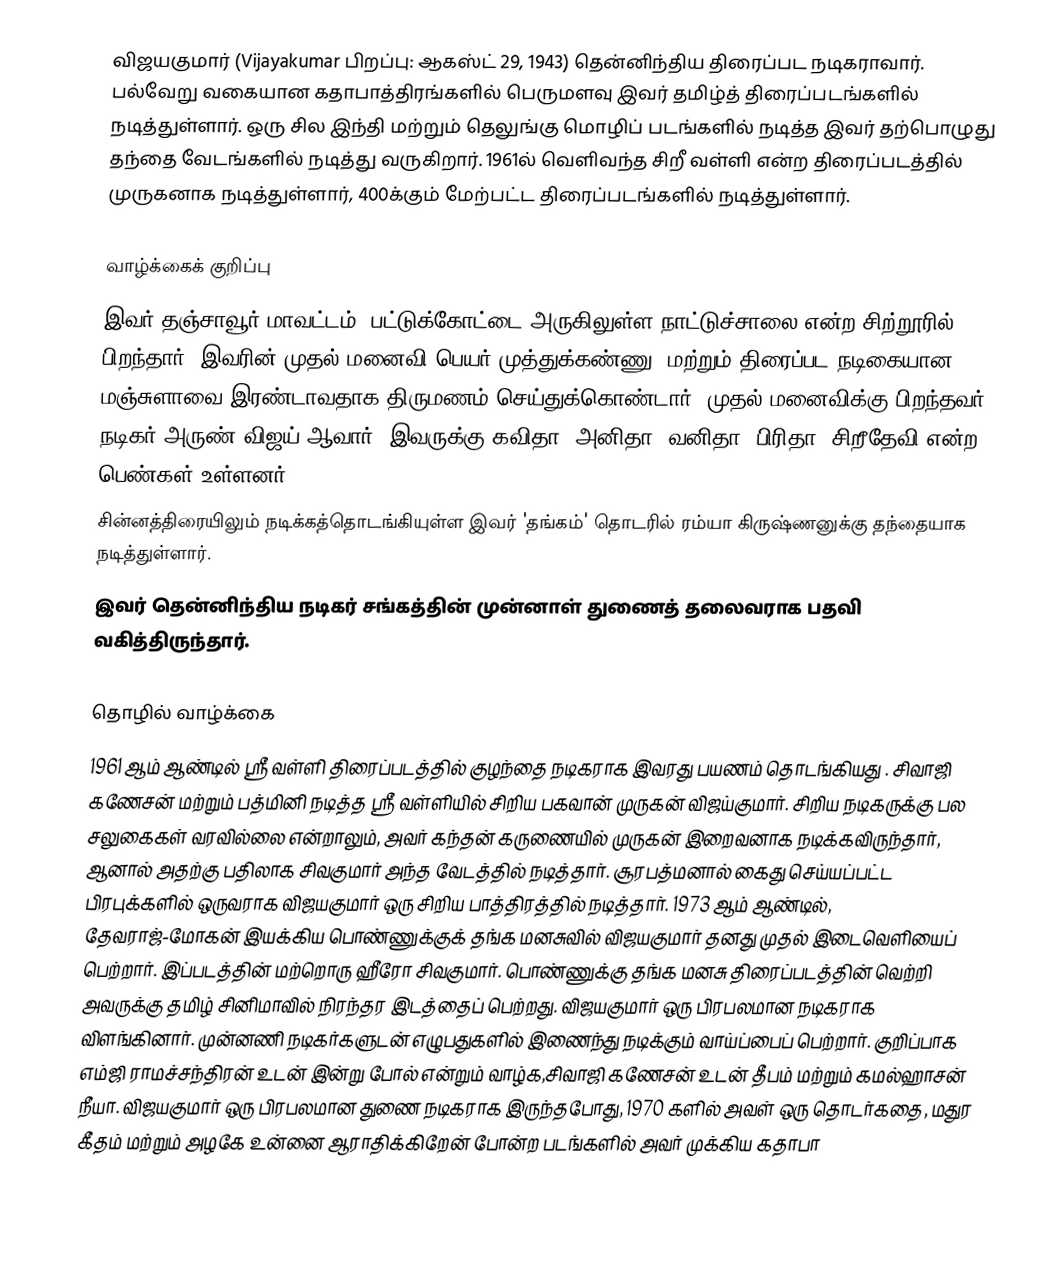
விஜயகுமார் (Vijayakumar பிறப்பு: ஆகஸ்ட் 29, 1943) தென்னிந்திய திரைப்பட நடிகராவார். பல்வேறு வகையான கதாபாத்திரங்களில் பெருமளவு இவர் தமிழ்த் திரைப்படங்களில் நடித்துள்ளார். ஒரு சில இந்தி மற்றும் தெலுங்கு மொழிப் படங்களில் நடித்த இவர் தற்பொழுது தந்தை வேடங்களில் நடித்து வருகிறார். 1961ல் வெளிவந்த சிறீ வள்ளி என்ற திரைப்படத்தில் முருகனாக நடித்துள்ளார், 400க்கும் மேற்பட்ட திரைப்படங்களில் நடித்துள்ளார்.

வாழ்க்கைக் குறிப்பு
இவர் தஞ்சாவூர் மாவட்டம், பட்டுக்கோட்டை அருகிலுள்ள நாட்டுச்சாலை என்ற சிற்றூரில் பிறந்தார். இவரின் முதல் மனைவி பெயர் முத்துக்கண்ணு, மற்றும் திரைப்பட நடிகையான மஞ்சுளாவை இரண்டாவதாக திருமணம் செய்துக்கொண்டார். முதல் மனைவிக்கு பிறந்தவர் நடிகர் அருண் விஜய் ஆவார். இவருக்கு கவிதா, அனிதா, வனிதா, பிரிதா, சிறீதேவி என்ற பெண்கள் உள்ளனர்.
சின்னத்திரையிலும் நடிக்கத்தொடங்கியுள்ள இவர் 'தங்கம்' தொடரில் ரம்யா கிருஷ்ணனுக்கு தந்தையாக நடித்துள்ளார்.
இவர் தென்னிந்திய நடிகர் சங்கத்தின் முன்னாள் துணைத் தலைவராக பதவி வகித்திருந்தார்.

தொழில் வாழ்க்கை
1961 ஆம் ஆண்டில் ஸ்ரீ வள்ளி திரைப்படத்தில் குழந்தை நடிகராக இவரது பயணம் தொடங்கியது . சிவாஜி கணேசன் மற்றும் பத்மினி நடித்த ஸ்ரீ வள்ளியில் சிறிய பகவான் முருகன் விஜய்குமார். சிறிய நடிகருக்கு பல சலுகைகள் வரவில்லை என்றாலும், அவர் கந்தன் கருணையில் முருகன் இறைவனாக நடிக்கவிருந்தார், ஆனால் அதற்கு பதிலாக சிவகுமார் அந்த வேடத்தில் நடித்தார். சூரபத்மனால் கைது செய்யப்பட்ட பிரபுக்களில் ஒருவராக விஜயகுமார் ஒரு சிறிய பாத்திரத்தில் நடித்தார். 1973 ஆம் ஆண்டில், தேவராஜ்-மோகன் இயக்கிய பொண்ணுக்குக் தங்க மனசுவில் விஜயகுமார் தனது முதல் இடைவெளியைப் பெற்றார். இப்படத்தின் மற்றொரு ஹீரோ சிவகுமார். பொண்ணுக்கு தங்க மனசு திரைப்படத்தின் வெற்றி அவருக்கு தமிழ் சினிமாவில் நிரந்தர இடத்தைப் பெற்றது. விஜயகுமார் ஒரு பிரபலமான நடிகராக விளங்கினார். முன்னணி நடிகர்களுடன் எழுபதுகளில் இணைந்து நடிக்கும் வாய்ப்பைப் பெற்றார். குறிப்பாக எம்ஜி ராமச்சந்திரன் உடன் இன்று போல் என்றும் வாழ்க,சிவாஜி கணேசன் உடன் தீபம் மற்றும் கமல்ஹாசன் நீயா. விஜயகுமார் ஒரு பிரபலமான துணை நடிகராக இருந்தபோது, 1970 களில் அவள் ஒரு தொடர்கதை, மதுர கீதம் மற்றும் அழகே உன்னை ஆராதிக்கிறேன் போன்ற படங்களில் அவர் முக்கிய கதாபா